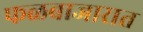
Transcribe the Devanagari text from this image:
फळबाजारात